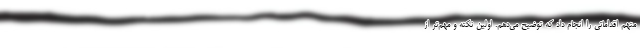
متهم اقداماتي را انجام داد كه توضيح مي‌دهم. اولين نكته و مهم‌تر از